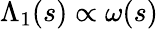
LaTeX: \Lambda_{1}(s)\propto\omega(s)